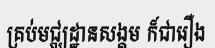
គ្រប់មជ្ឈដ្ឋានសង្គម ក៏ជារឿង